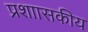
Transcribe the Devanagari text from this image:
प्रशाासकीय